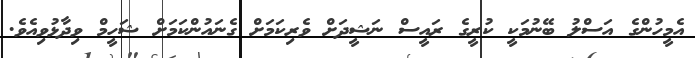
އެމީހުންގެ އަސްލު ބޭނުމަކީ ކުރީގެ ރައީސް ނަޝީދަށް ވެރިކަމަށް ގެނައުންކަމަށް ޝަހީމް ވިދާޅުވިއެވެ.